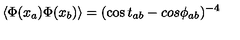
\langle \Phi ( x _ { a } ) \Phi ( x _ { b } ) \rangle = ( \cos t _ { a b } - c o s \phi _ { a b } ) ^ { - 4 }